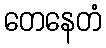
တေနေတံ